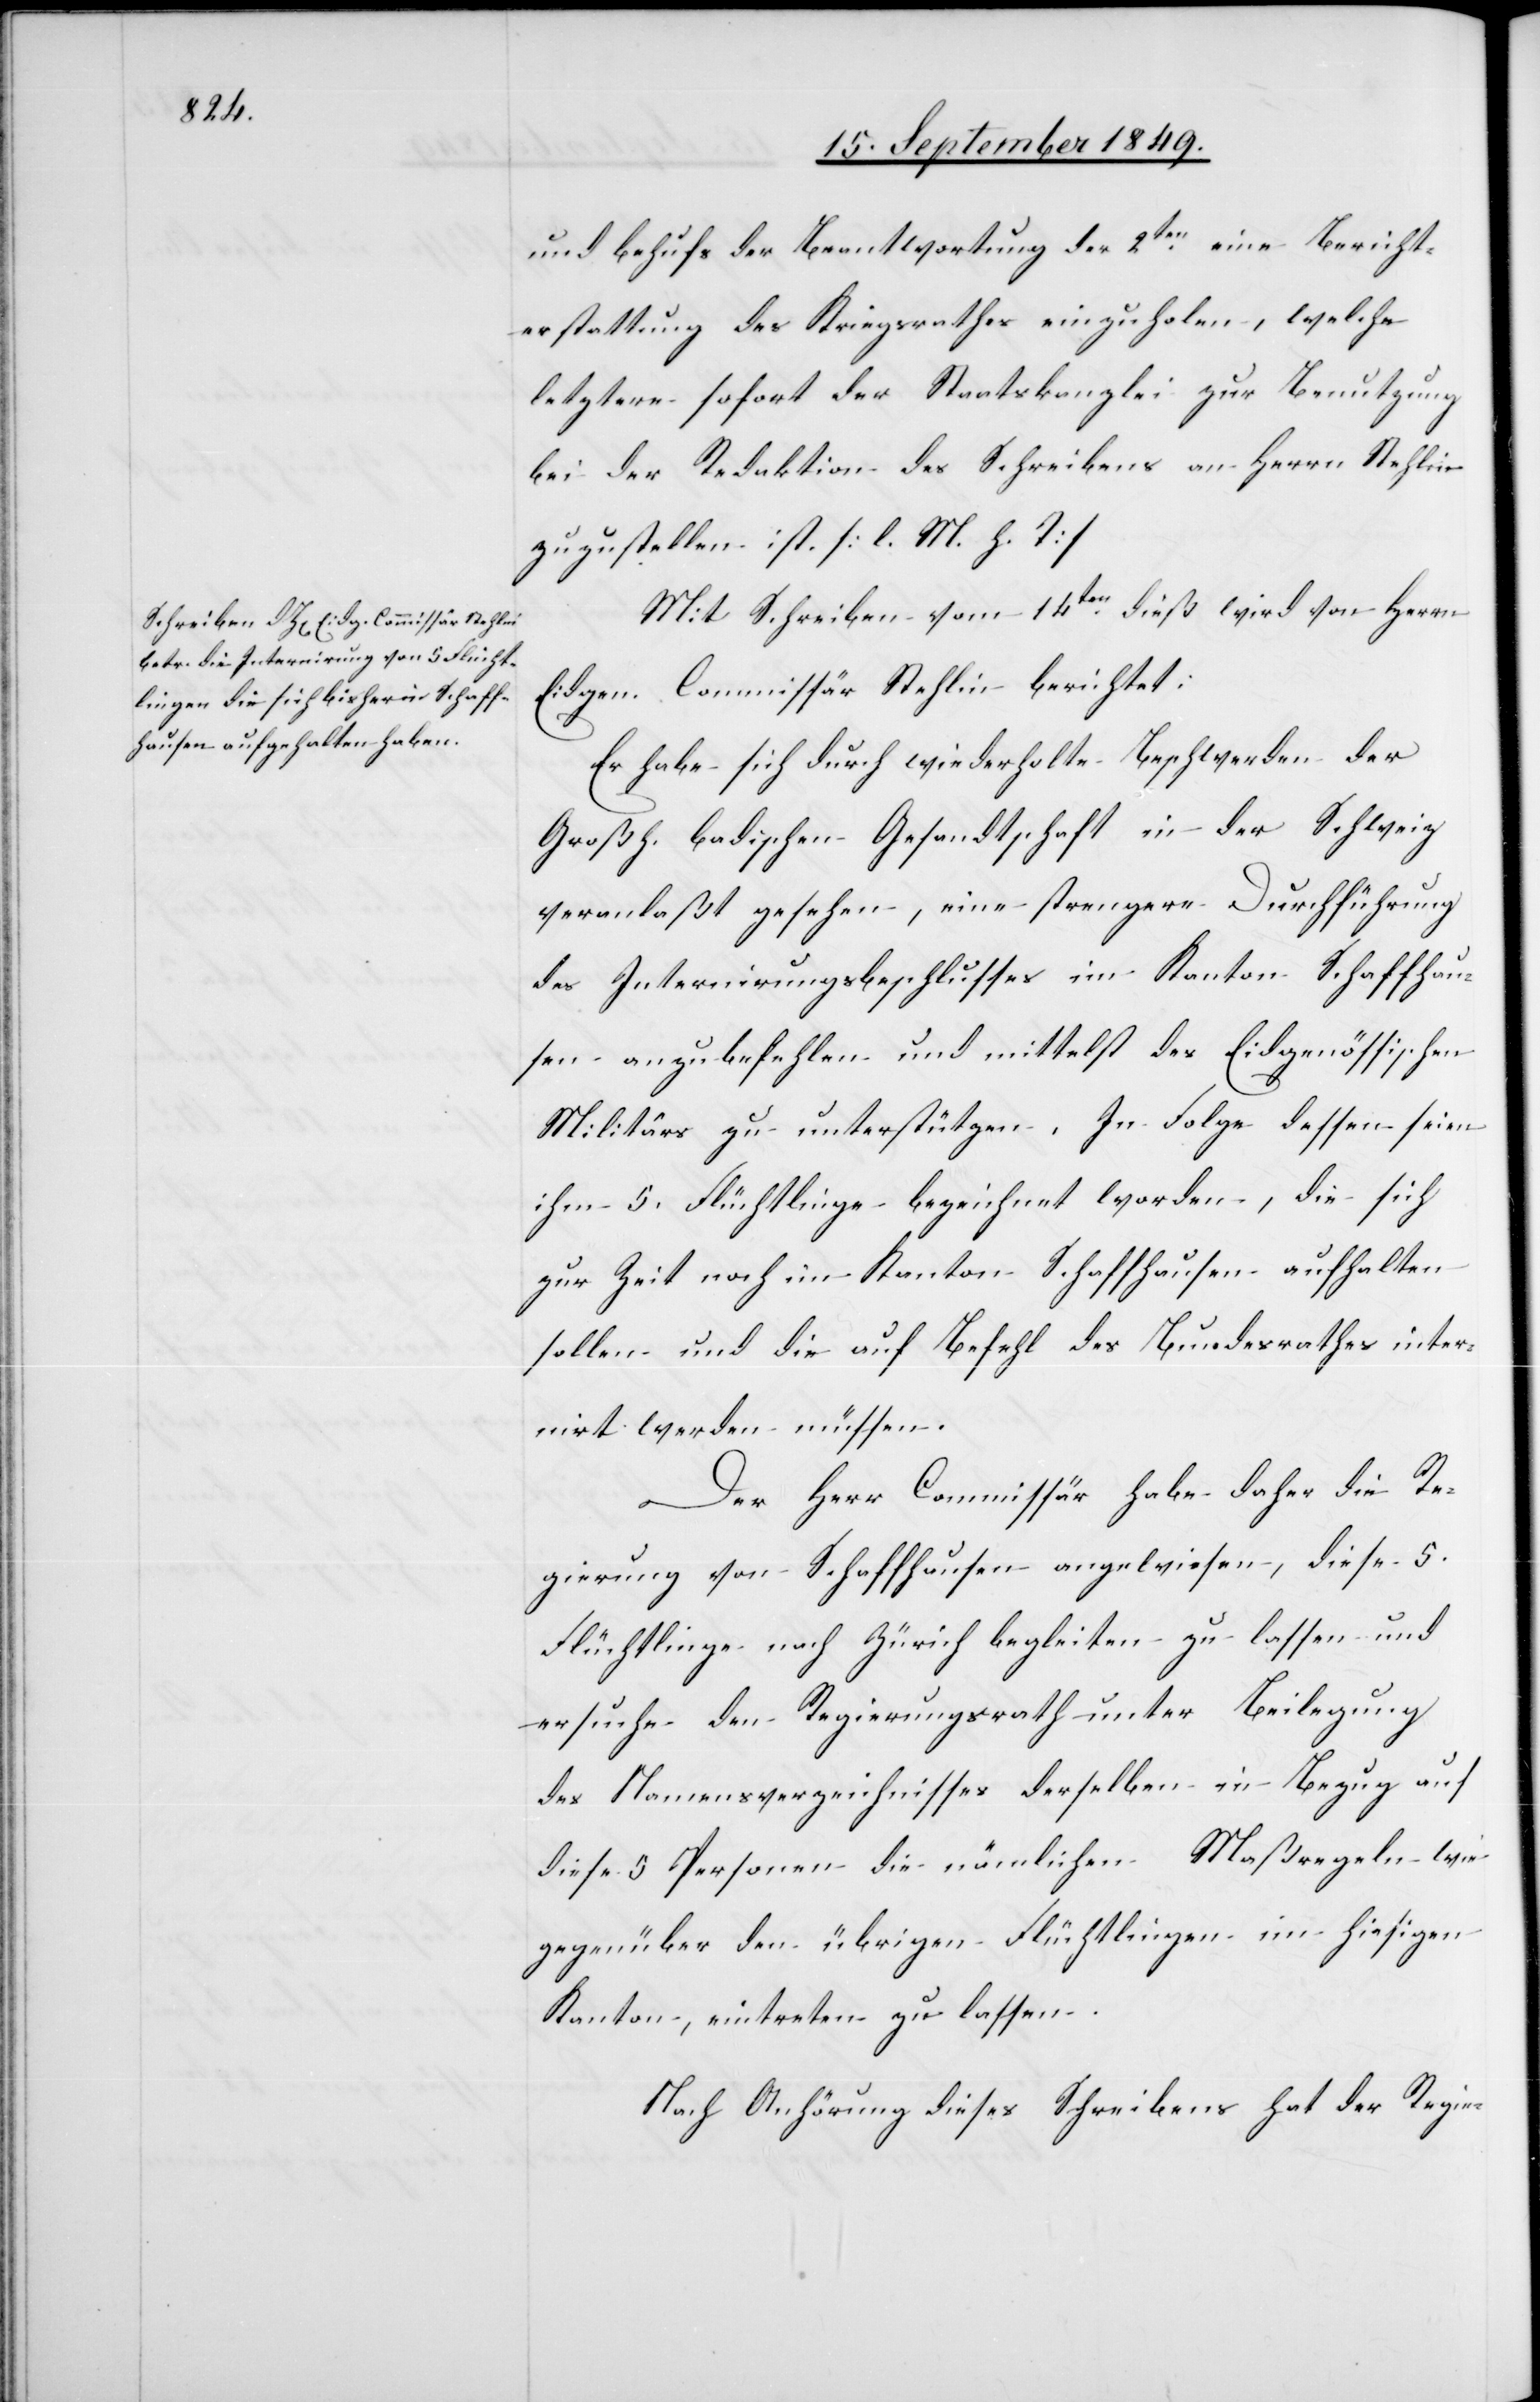
und behufs der Beantwortung der 2ten eine Bericht¬
erstattung des Kriegsrathes einzuholen, welche
letztere sofort der Staatskanzlei zur Benutzung
bei der Reduktion des Schreibens an Herrn Stehlin
zuzustellen ist. [l. M. h. T]
Mit Schreiben vom 14ten dieß wird von Herrn
Eidgen. Commissär Stehlin berichtet:
Er habe sich durch wiederholte Beschwerden der
Großh. badischen Gesandtschaft in der Schweiz
veranlaßt gesehen, eine strengere Durchführung
des Internirungsbeschlusses im Kanton Schaffhau¬
sen anzubefehlen und mittelst des Eidgenössischen
Militärs zu unterstützen. In Folge dessen seien
ihm 5. Flüchtlinge bezeichnet worden, die sich
zur Zeit noch im Kanton Schaffhausen aufhalten
sollen und die auf Befehl des Bundesrathes inter¬
nirt werden müssen.
Der Herr Commissär habe daher die Re¬
gierung von Schaffhausen angewiesen, diese 5.
Flüchtlinge nach Zürich begleiten zu lassen und
ersuche den Regierungsrath unter Beilegung
des Namensverzeichnisses derselben in Bezug auf
diese 5. Personen die nämlichen Maßregeln wie
gegenüber den übrigen Flüchtlingen im hiesigen
Kanton, eintreten zu lassen.
Nach Anhörung dieses Schreibens hat der Regie-